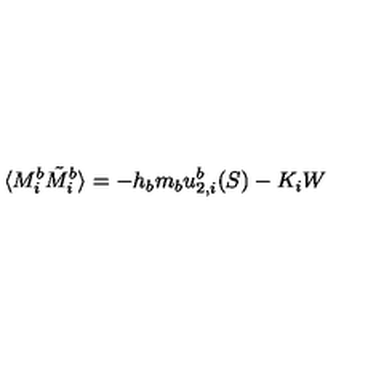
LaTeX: \langle M _ { i } ^ { b } \tilde { M } _ { i } ^ { b } \rangle = - h _ { b } m _ { b } u _ { 2 , i } ^ { b } ( S ) - K _ { i } W